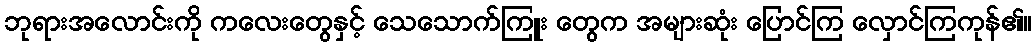
ဘုရားအလောင်းကို ကလေးတွေနှင့် သေသောက်ကြူး တွေက အများဆုံး ပြောင်ကြ လှောင်ကြကုန်၏။